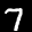
Label: 7